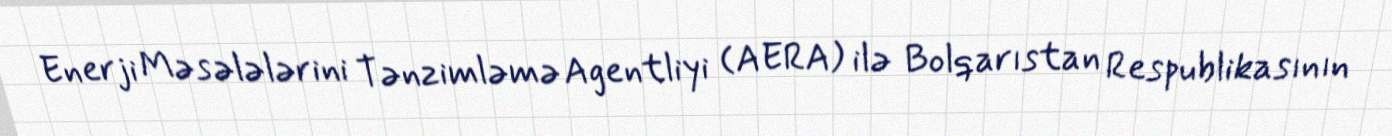
Enerji Məsələlərini Tənzimləmə Agentliyi (AERA) ilə Bolqarıstan Respublikasının